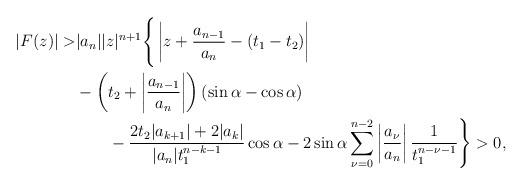
LaTeX: \begin{align*} |F(z)|>&|a_n||z|^{n+1}\Bigg\{\left|z+\dfrac{a_{n-1}}{a_n}-(t_1-t_2)\right|\\&-\left(t_2+\left|\dfrac{a_{n-1}}{a_n}\right|\right)(\sin\alpha-\cos\alpha)\\&\qquad-\dfrac{2t_2|a_{k+1}|+2|a_k|}{|a_n|t_1^{n-k-1}}\cos\alpha-2\sin\alpha\sum\limits_{\nu=0}^{n-2}\left|\dfrac{a_{\nu}}{a_n}\right|\dfrac{1}{t_1^{n-\nu-1}}\Bigg\}>0, \end{align*}